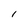
Character: l